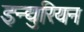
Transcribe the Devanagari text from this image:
इन्द्युरियन